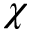
\chi